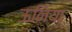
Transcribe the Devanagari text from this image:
ऊनिया